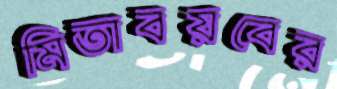
মিতাবয়বের